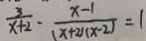
\frac { 3 } { x + 2 } - \frac { x - 1 } { ( x + 2 ) ( x - 2 ) } = 1